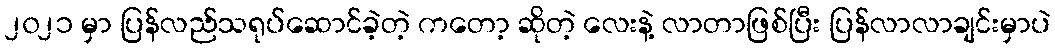
၂၀၂၁ မှာ ပြန်လည်သရုပ်ဆောင်ခဲ့တဲ့ ကတော့ ဆိုတဲ့ လေးနဲ့ လာတာဖြစ်ပြီး ပြန်လာလာချင်းမှာပဲ